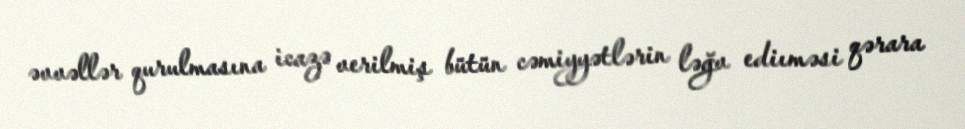
əvvəllər qurulmasına icazə verilmiş bütün cəmiyyətlərin ləğv ediıməsi qərara